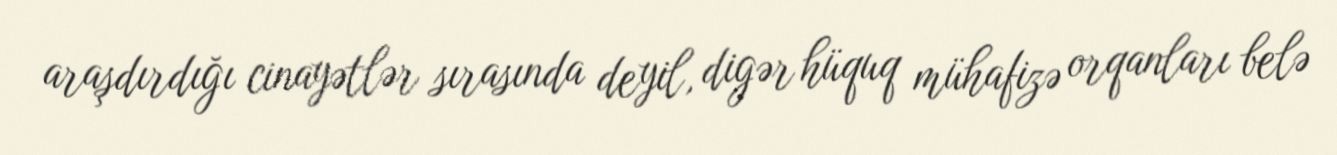
araşdırdığı cinayətlər sırasında deyil, digər hüquq mühafizə orqanları belə